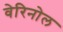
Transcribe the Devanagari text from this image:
वेरिनोल